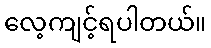
လေ့ကျင့်ရပါတယ်။